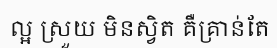
ល្អ ស្រួយ មិនស្វិត គឺគ្រាន់តែ